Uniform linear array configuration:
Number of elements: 64
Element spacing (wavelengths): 0.25
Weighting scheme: kaiser
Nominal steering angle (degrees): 15
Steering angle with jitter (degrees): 13.79
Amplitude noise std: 0.05
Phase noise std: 0.05

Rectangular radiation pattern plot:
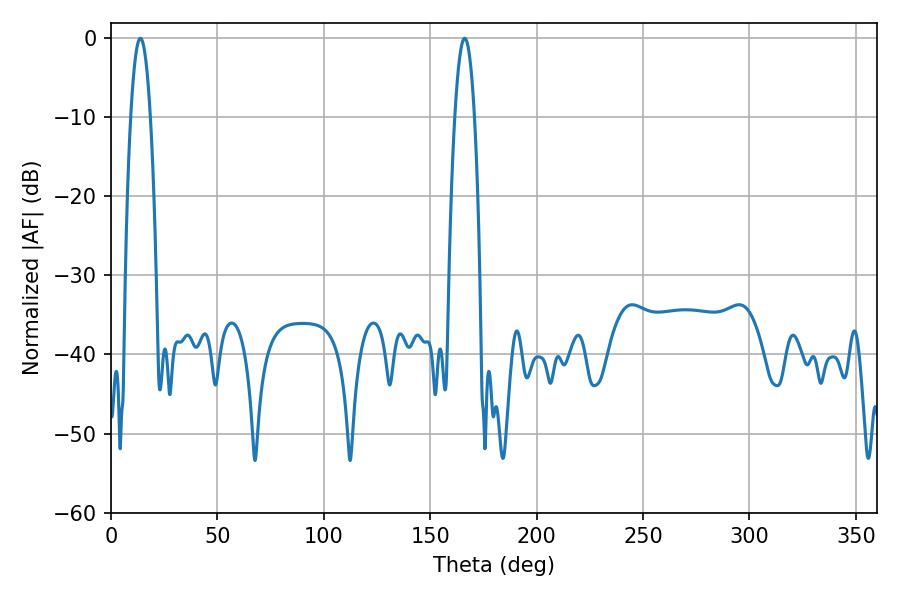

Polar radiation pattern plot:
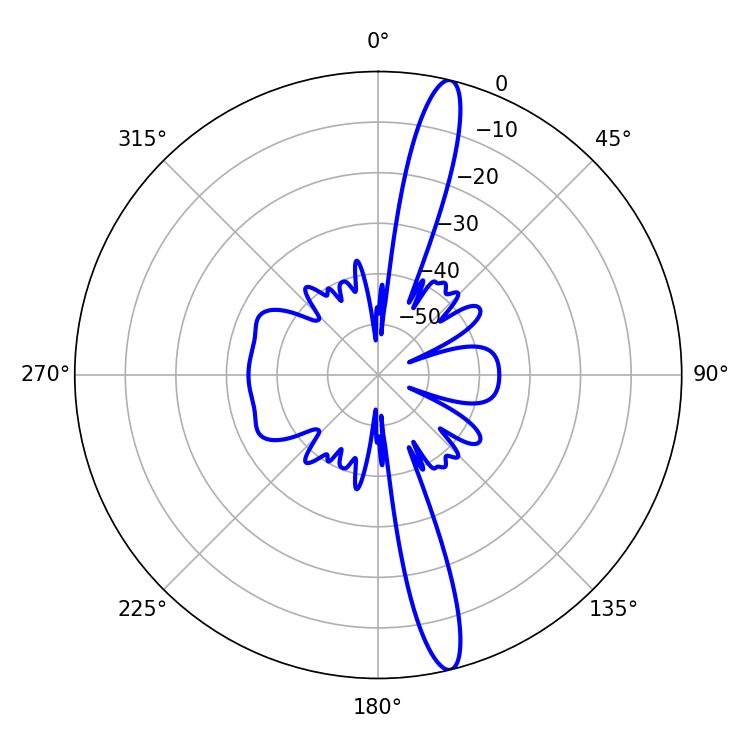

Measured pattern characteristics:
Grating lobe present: FALSE
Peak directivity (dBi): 16.415
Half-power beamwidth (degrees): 5.04
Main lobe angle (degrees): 166.14